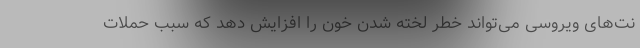
نت‌های ویروسی می‌تواند خطر لخته شدن خون را افزایش دهد که سبب حملات